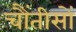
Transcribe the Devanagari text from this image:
चौंतीसों